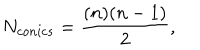
LaTeX: N _ { c o n i c s } = \frac { ( n ) ( n - 1 ) } { 2 } ,